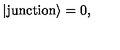
| \mathrm { j u n c t i o n } \rangle = 0 ,